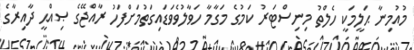
މުއުމިނާ ޙަލީމަކީ ހެލްތު މިނިސްޓަރު ކަމުގެ މަގާމާ ހަވާލުވެވަޑައިގަތުމަށްފަހު ރާއްޖޭގެ ޞިއްޙީ ދާއިރާގެ